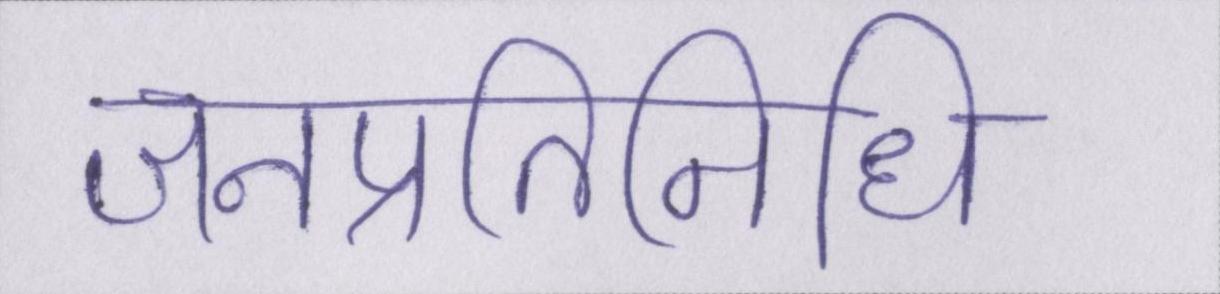
जनप्रतिनिधि